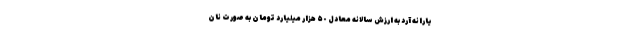
یارانه آرد به ارزش سالانه معادل ۵٠ هزار میلیارد تومان به صورت نان